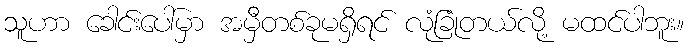
သူဟာ ခေါင်းပေါ်မှာ အမှီတစ်ခုမရှိရင် လုံခြုံတယ်လို့ မထင်ပါဘူး။